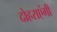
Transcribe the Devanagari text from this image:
दोहराएंगी